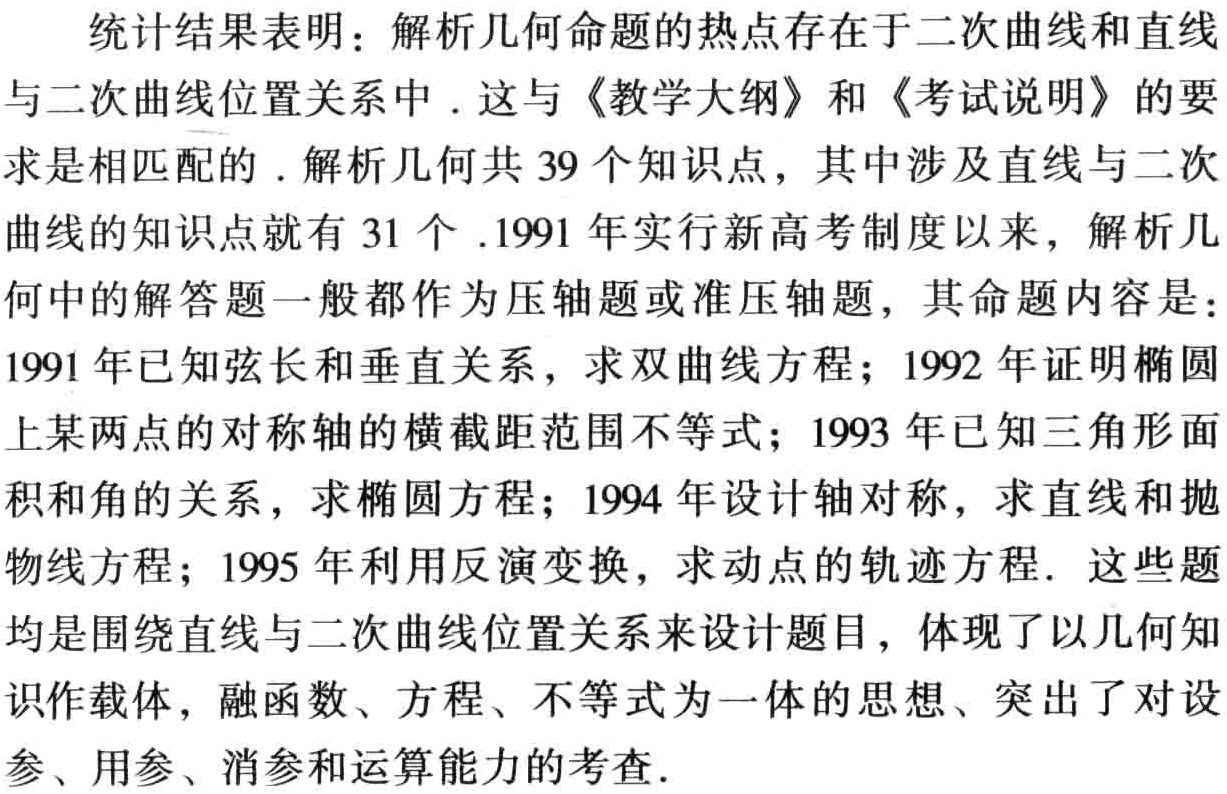
统计结果表明：解析几何命题的热点存在于二次曲线和直线与二次曲线位置关系中．这与《教学大纲》和《考试说明》的要求是相匹配的．解析几何共 39 个知识点，其中涉及直线与二次曲线的知识点就有 31 个．1991 年实行新高考制度以来，解析几何中的解答题一般都作为压轴题或准压轴题，其命题内容是：1991 年已知弦长和垂直关系，求双曲线方程；1992 年证明椭圆上某两点的对称轴的横截距范围不等式；1993 年已知三角形面积和角的关系，求椭圆方程；1994 年设计轴对称，求直线和抛物线方程；1995 年利用反演变换，求动点的轨迹方程．这些题均是围绕直线与二次曲线位置关系来设计题目，体现了以几何知识作载体，融函数、方程、不等式为一体的思想、突出了对设参、用参、消参和运算能力的考查．